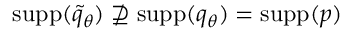
{ \mathrm { s u p p } } ( \widetilde { q } _ { \theta } ) \nsupseteq { \mathrm { s u p p } } ( q _ { \theta } ) = { \mathrm { s u p p } } ( p )